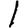
Digit: 1